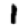
Digit: 1